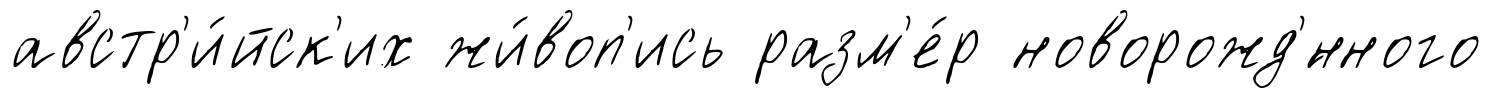
австр'и́йск'их жи́воп'ись разм'е́р новорожд'́нного